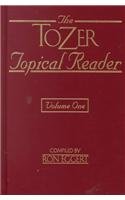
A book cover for The Tozer Topical Reader: 2 Volume Set; A. W. Tozer; Christian Books & Bibles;